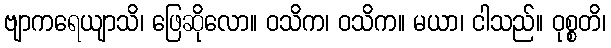
ဗျာကရေယျာသိ၊ ဖြေဆိုလော။ ဝသိက၊ ဝသိက။ မယာ၊ ငါသည်။ ဝုစ္စတိ၊